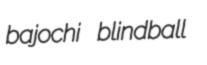
bajochi blindball